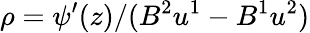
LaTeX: \rho=\psi^{\prime}(z)/(B^{2}u^{1}-B^{1}u^{2})